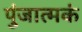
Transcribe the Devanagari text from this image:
पुंजात्मकं